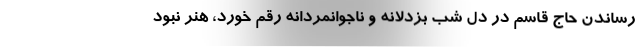
رساندن حاج قاسم در دل شب بزدلانه و ناجوانمردانه رقم خورد، هنر نبود